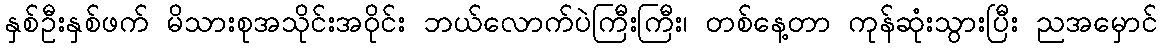
နှစ်ဦးနှစ်ဖက် မိသားစုအသိုင်းအဝိုင်း ဘယ်လောက်ပဲကြီးကြီး၊ တစ်နေ့တာ ကုန်ဆုံးသွားပြီး ညအမှောင်